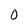
Character: O